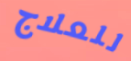
للعلاج